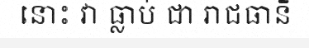
នោះ វា ធ្លាប់ ជា រាជធានី